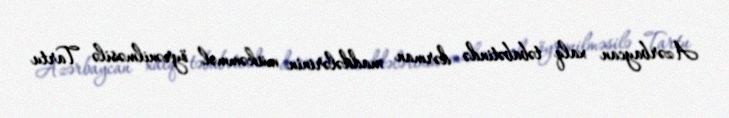
Azərbaycan xalq təbabətində dərman maddələrinin mükəmməl öyrənilməsilə Tartu